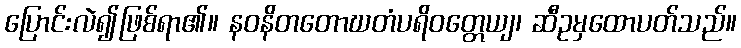
ပြောင်းလဲ၍ဖြစ်ရာ၏။ နဝနိတတောဃတံပရိဝတ္တေယျ၊ ဆီဥမှထောပတ်သည်။